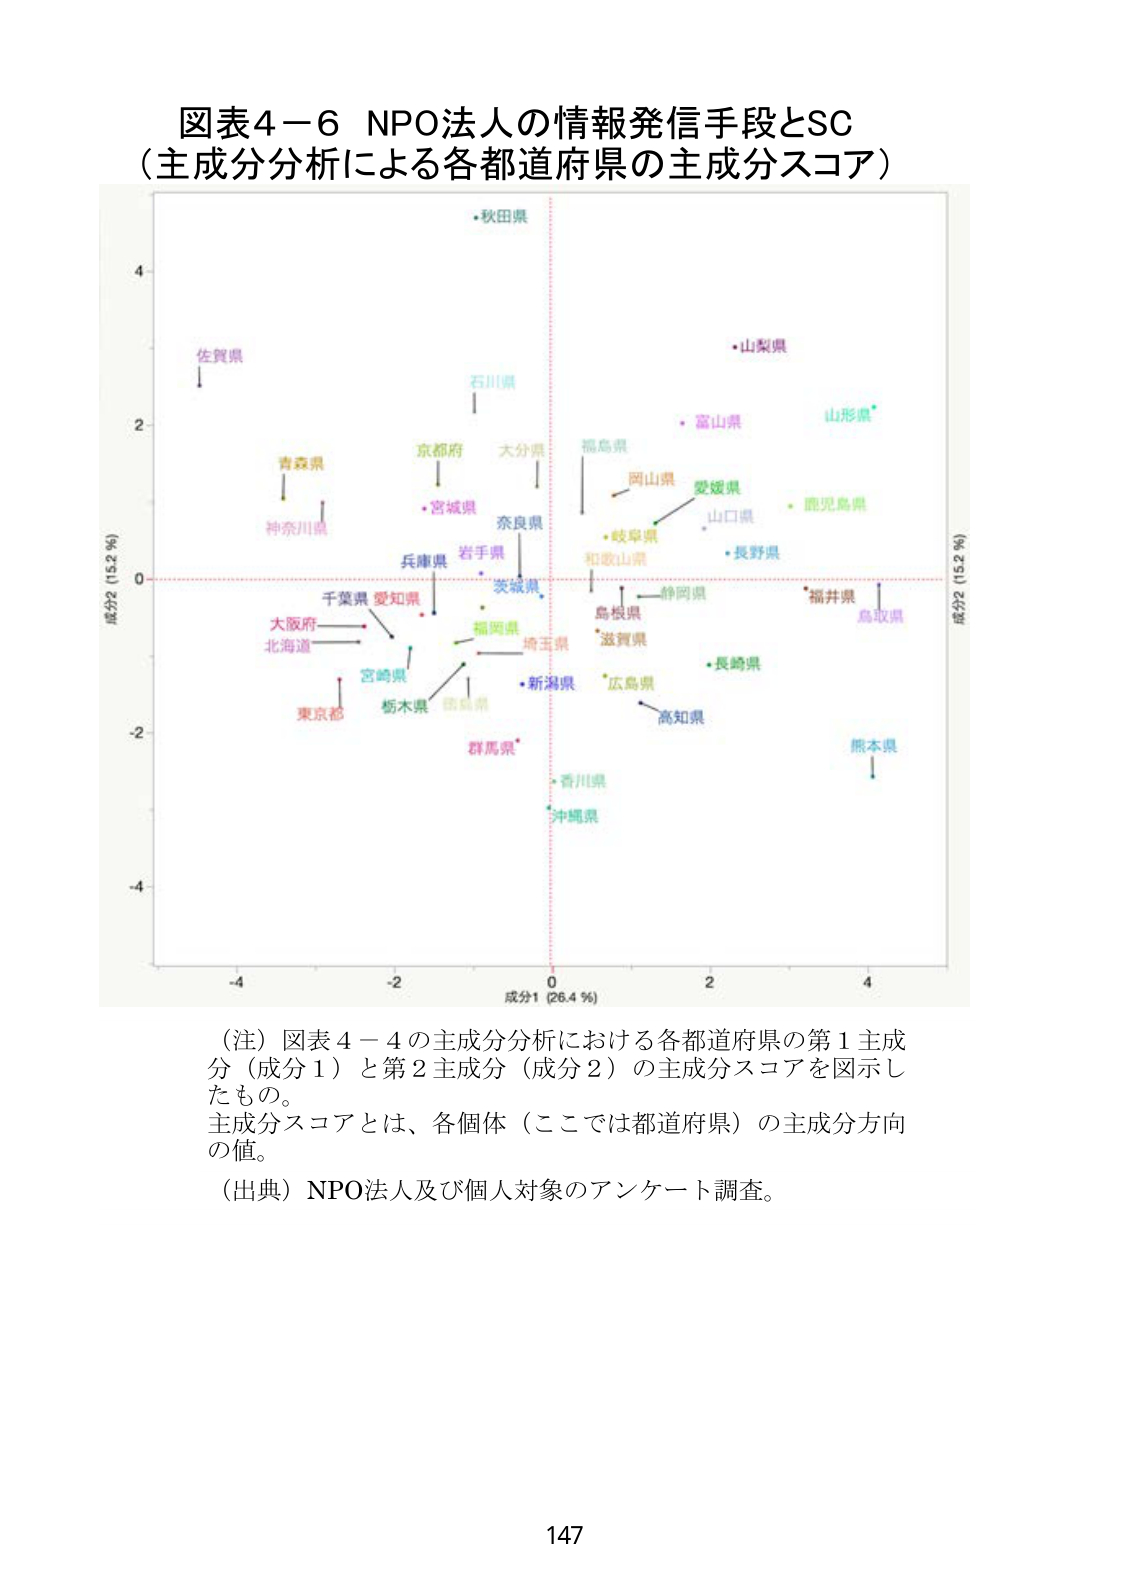
図表4－6 NPO法人の情報発信手段とSC
（主成分分析による各都道府県の主成分スコア）

成分2 (15.2 %)
成分1 (26.4 %)
成分2 (15.2 %)

・秋田県
佐賀県
青森県
神奈川県
千葉県 愛知県
大阪府
北海道
東京都
宮崎県
栃木県
群馬県*
石川県
京都府
大分県
・宮城県
兵庫県
岩手県
茨城県
福岡県
埼玉県
・新潟県
・香川県
沖縄県
福島県
岡山県
愛媛県
山口県
・岐阜県
和歌山県
鳥取県
静岡県
島根県
*滋賀県
*広島県
高知県
・長崎県
・富山県
山形県
・鹿児島県
・長野県
*福井県
鳥取県
熊本県

（注）図表4－4の主成分分析における各都道府県の第1主成分（成分1）と第2主成分（成分2）の主成分スコアを図示したもの。
主成分スコアとは、各個体（ここでは都道府県）の主成分方向の値。
（出典）NPO法人及び個人対象のアンケート調査。

147